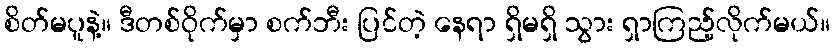
စိတ်မပူနဲ့။ ဒီတစ်ဝိုက်မှာ စက်ဘီး ပြင်တဲ့ နေရာ ရှိမရှိ သွား ရှာကြည့်လိုက်မယ်။